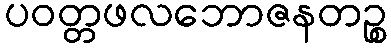
ပဝတ္တဖလဘောဇနတဉ္စ